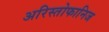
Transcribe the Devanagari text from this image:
अरिस्तोफानिज